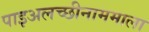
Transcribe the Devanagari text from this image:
पाइअलच्छीनाममाला